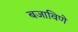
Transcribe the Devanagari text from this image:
बजाविणे